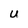
Character: U